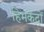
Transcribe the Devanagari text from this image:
हिमकेंद्रों